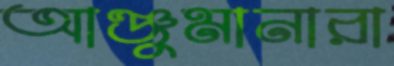
আঞ্জুমানারা